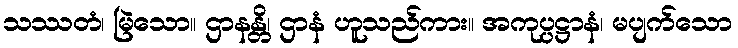
သဿတံ၊ မြဲသော။ ဌာနန္တိ၊ ဌာနံ ဟူသည်ကား။ အကုပ္ပဋ္ဌာနံ၊ မပျက်သော